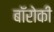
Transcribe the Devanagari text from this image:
बॉरोकी